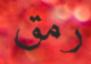
رمق